Civil Veterinary Department Bengal reports 1933-51 - 1933-1951
Year: 1933
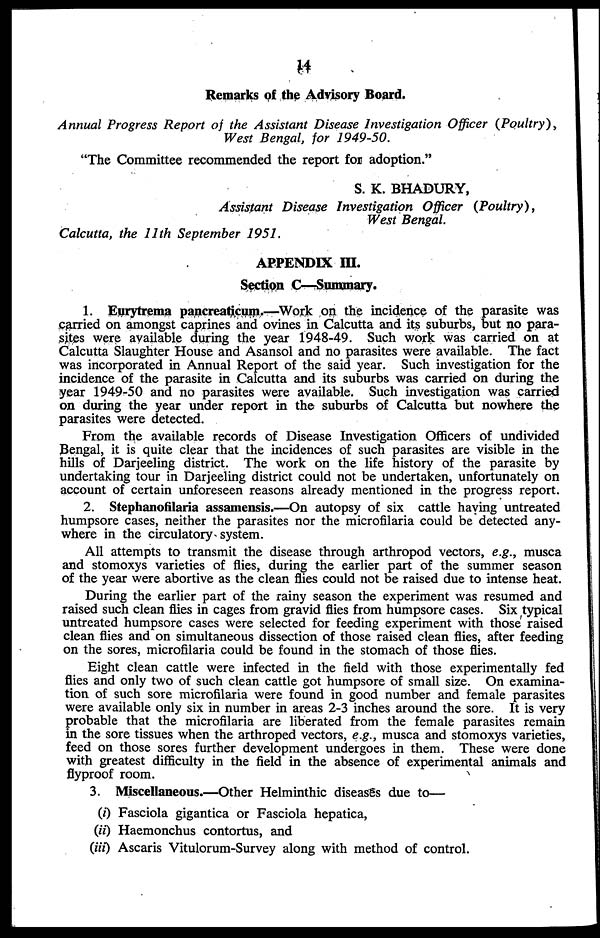
14
Remarks of the Advisory Board.
Annual Progress Report of the Assistant Disease Investigation Officer (Poultry),
West Bengal, for 1949-50.
"The Committee recommended the report for adoption."
S. K. BHADURY,
Assistant Disease Investigation Officer (Poultry),
West Bengal.
Calcutta, the 11th September 1951.
APPENDIX III.
Section C—Summary.
1. Eurytrema pancreaticum.—Work on the incidence of the parasite was
carried on amongst caprines and ovines in Calcutta and its suburbs, but no para-
sites were available during the year 1948-49. Such work was carried on at
Calcutta Slaughter House and Asansol and no parasites were available. The fact
was incorporated in Annual Report of the said year. Such investigation for the
incidence of the parasite in Calcutta and its suburbs was carried on during the
year 1949-50 and no parasites were available. Such investigation was carried
on during the year under report in the suburbs of Calcutta but nowhere the
parasites were detected.
From the available records of Disease Investigation Officers of undivided
Bengal, it is quite clear that the incidences of such parasites are visible in the
hills of Darjeeling district. The work on the life history of the parasite by
undertaking tour in Darjeeling district could not be undertaken, unfortunately on
account of certain unforeseen reasons already mentioned in the progress report.
2. Stephanofilaria assamensis.—On autopsy of six cattle having untreated
humpsore cases, neither the parasites nor the microfilaria could be detected any-
where in the circulatory system.
All attempts to transmit the disease through arthropod vectors, e.g., musca
and stomoxys varieties of flies, during the earlier part of the summer season
of the year were abortive as the clean flies could not be raised due to intense heat.
During the earlier part of the rainy season the experiment was resumed and
raised such clean flies in cages from gravid flies from humpsore cases. Six typical
untreated humpsore cases were selected for feeding experiment with those raised
clean flies and on simultaneous dissection of those raised clean flies, after feeding
on the sores, microfilaria could be found in the stomach of those flies.
Eight clean cattle were infected in the field with those experimentally fed
flies and only two of such clean cattle got humpsore of small size. On examina-
tion of such sore microfilaria were found in good number and female parasites
were available only six in number in areas 2-3 inches around the sore. It is very
probable that the microfilaria are liberated from the female parasites remain
in the sore tissues when the arthroped vectors, e.g., musca and stomoxys varieties,
feed on those sores further development undergoes in them. These were done
with greatest difficulty in the field in the absence of experimental animals and
flyproof room.
3. Miscellaneous.—Other Helminthic diseases due to—
(i) Fasciola gigantica or Fasciola hepatica,
(ii) Haemonchus contortus, and
(iii) Ascaris Vitulorum-Survey along with method of control.